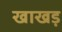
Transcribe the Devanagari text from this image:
खाखड़